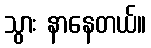
သွား နာနေတယ်။